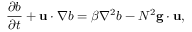
\frac { \partial b } { \partial t } + \mathbf { u } \cdot \nabla b = \beta \nabla ^ { 2 } b - N ^ { 2 } \mathbf { g } \cdot \mathbf { u } ,